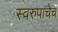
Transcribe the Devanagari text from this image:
स्वरुपाचेच